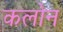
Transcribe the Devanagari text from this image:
कलोन